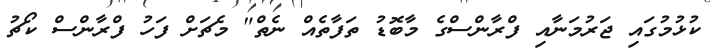
ކުޅުމުގައި ޖަރުމަނާއި ފްރާންސްގެ މާބޮޑު ތަފާތެއް ނެތް" މެޗަށް ފަހު ފްރާންސް ކޯޗު